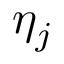
\eta _ { j }